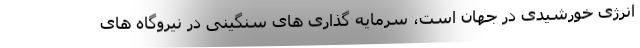
انرژی خورشیدی در جهان است، سرمایه گذاری های سنگینی در نیروگاه های